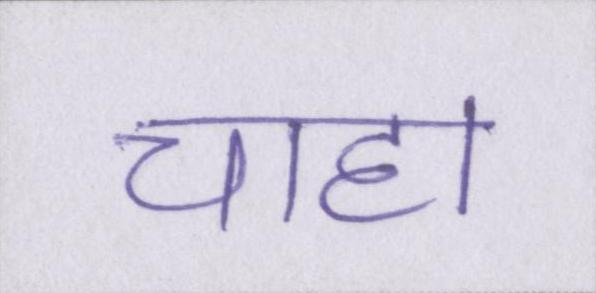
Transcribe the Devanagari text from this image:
चाहा